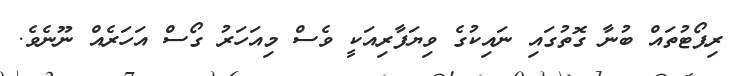
ރިޕޯޓުތައް ބުނާ ގޮތުގައި ނައިކުގެ ވިޔަފާރިއަކީ ވެސް މިއަހަރު ގޯސް އަހަރެއް ނޫނެވެ.